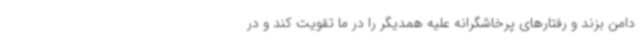
دامن بزند و رفتارهای پرخاشگرانه علیه همدیگر را در ما تقویت کند و در